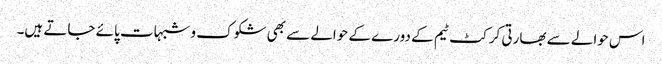
اس حوالے سے بھارتی کرکٹ ٹیم کے دورے کے حوالے سے بھی شکوک و شبہات پائے جاتے ہیں۔